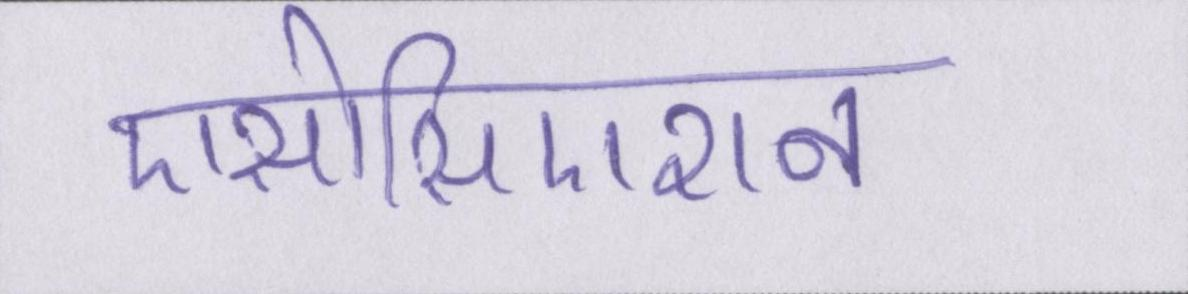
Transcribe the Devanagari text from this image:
एसोसिएशन